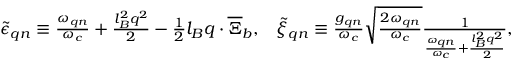
\begin{array} { r } { \tilde { \epsilon } _ { \boldsymbol { q } n } \equiv \frac { \omega _ { \boldsymbol { q } n } } { \omega _ { c } } + \frac { l _ { B } ^ { 2 } q ^ { 2 } } { 2 } - \frac { 1 } { 2 } l _ { B } \boldsymbol { q } \cdot \overline { { \boldsymbol { \Xi } } } _ { b } , \; \; \; \tilde { \xi } _ { \boldsymbol { q } n } \equiv \frac { g _ { \boldsymbol { q } n } } { \omega _ { c } } \sqrt { \frac { 2 \omega _ { \boldsymbol { q } n } } { \omega _ { c } } } \frac { 1 } { \frac { \omega _ { \boldsymbol { q } n } } { \omega _ { c } } + \frac { l _ { B } ^ { 2 } q ^ { 2 } } { 2 } } , } \end{array}